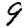
Digit: 9